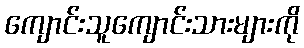
ကျောင်းသူကျောင်းသားများကို